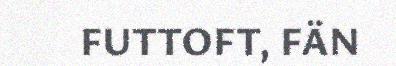
FUTTOFT, FÄN